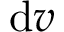
\mathrm { ~ d } v